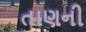
તાણની